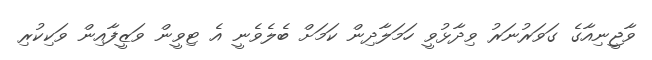
ވާޖީނިއާގެ ގަވަރުނަރު ވިދާޅުވީ ހަމަލާދިން ކަމަށް ބެލެވެނީ އެ ޓިވީން ވަޒީފާއިން ވަކިކުރި